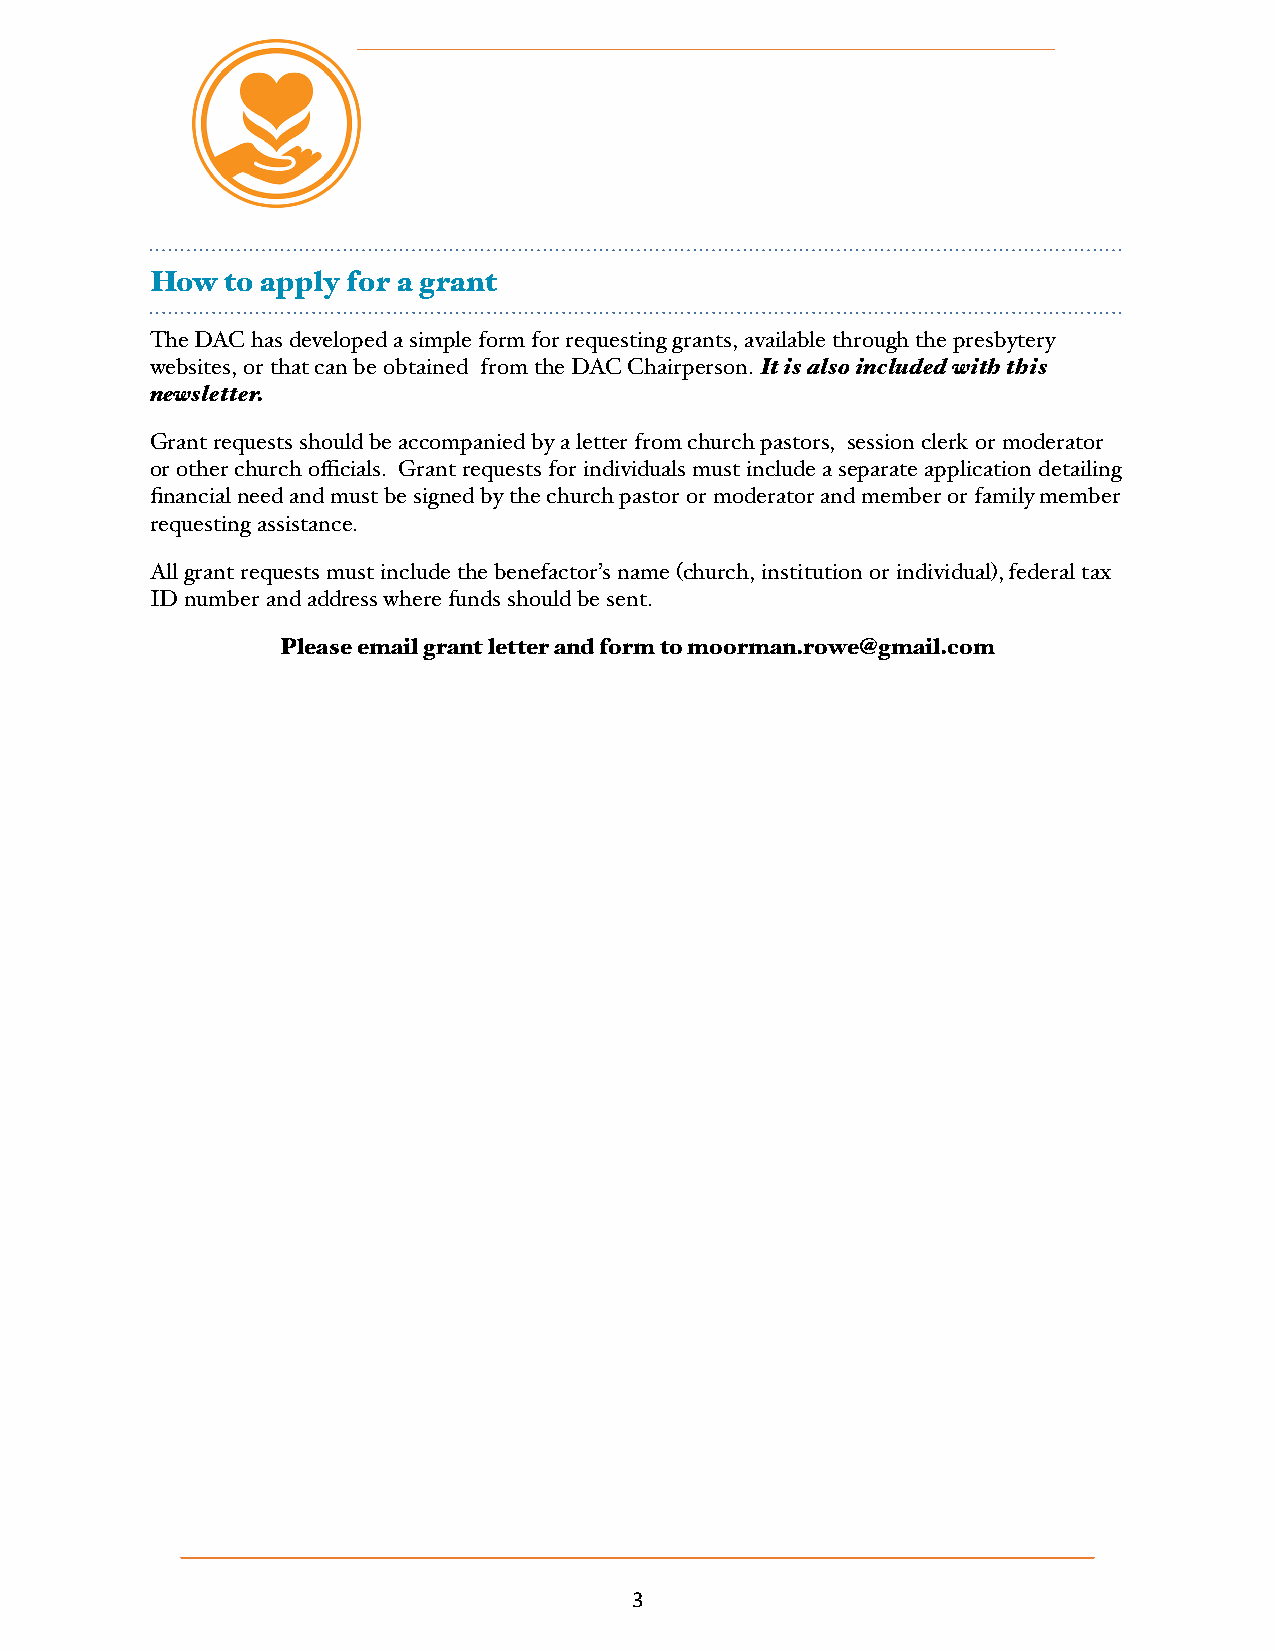
How  to apply for a grant
 The DAC has developed a simple form for requesting grants, available through the presbytery
 websites, or that can be obtained from the DAC Chairperson. It is also included with this
 newsletter.
 Grant requests should be accompanied by a letter from church pastors, session clerk or moderator
 or other church officials. Grant requests for individuals must include a separate application detailing
 financial need and must be signed by the church pastor or moderator and member or family member
 requesting assistance.
 All grant requests must include the benefactor’s name (church, institution or individual), federal tax
 ID number and address where funds should be sent.
 Please email grant letter and form to moorman.rowe@gmail.com
 3